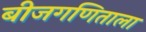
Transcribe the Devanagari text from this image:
बीजगणिताला